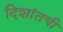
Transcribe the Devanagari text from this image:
दिशांतची